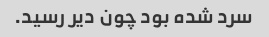
سرد شده بود چون دیر رسید.